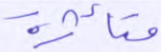
متأثرة